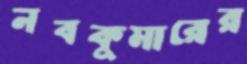
নবকুমারের